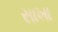
સાખા